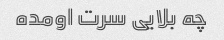
چه بلایی سرت اومده